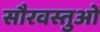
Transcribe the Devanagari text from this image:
सौरवस्तुओं